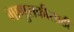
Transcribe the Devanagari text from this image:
माणुसकीसाठी